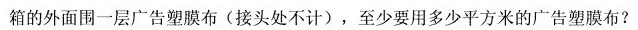
箱的外面围一层广告塑膜布(接头处不计)，至少要用多少平方米的广告塑膜布?